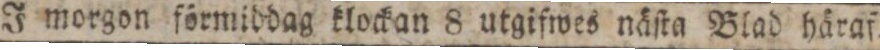
J morgon förmiddag klockan 8 utgifwes näſta Blad häraf.